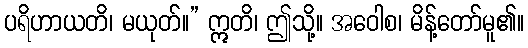
ပရိဟာယတိ၊ မယုတ်။” ဣတိ၊ ဤသို့။ အဝေါစ၊ မိန့်တော်မူ၏။